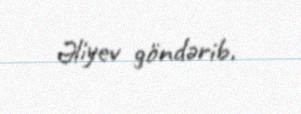
Əliyev göndərib.